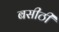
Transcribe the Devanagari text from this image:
बसीठी